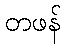
တဖန်